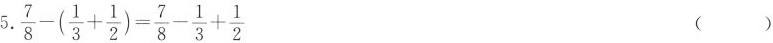
$$5. \frac{ 7 }{ 8 } - (\frac{ 1 }{ 3 } + \frac{ 1 }{ 2 }) = \frac{ 7 }{ 8 } - \frac{ 1 }{ 3 } + \frac{ 1 }{ 2 }$$ ( )